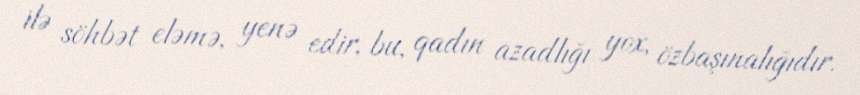
ilə söhbət eləmə, yenə edir, bu, qadın azadlığı yox, özbaşınalığıdır.